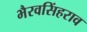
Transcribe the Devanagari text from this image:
भैरवसिंहराव